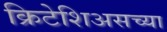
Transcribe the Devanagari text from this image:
क्रिटेशिअसच्या